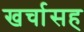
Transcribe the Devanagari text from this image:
खर्चासह